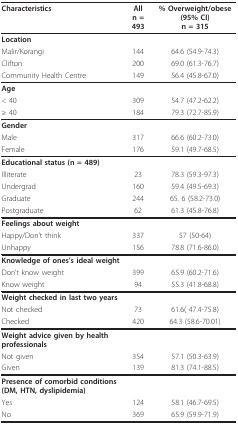
<table><thead><tr><td><b>Characteristics</b></td><td><b>Alln = 493</b></td><td><b>% Overweight/obese (95% CI)n = 315</b></td></tr></thead><tbody><tr><td><b>Location</b></td><td></td><td></td></tr><tr><td>Malir/Korangi</td><td>144</td><td>64.6 (54.9-74.3)</td></tr><tr><td>Clifton</td><td>200</td><td>69.0 (61.3-76.7)</td></tr><tr><td>Community Health Centre</td><td>149</td><td>56.4 (45.8-67.0)</td></tr><tr><td><b>Age</b></td><td></td><td></td></tr><tr><td>&lt; 40</td><td>309</td><td>54.7 (47.2-62.2)</td></tr><tr><td>≥ 40</td><td>184</td><td>79.3 (72.7-85.9)</td></tr><tr><td><b>Gender</b></td><td></td><td></td></tr><tr><td>Male</td><td>317</td><td>66.6 (60.2-73.0)</td></tr><tr><td>Female</td><td>176</td><td>59.1 (49.7-68.5)</td></tr><tr><td><b>Educational status (n = 489)</b></td><td></td><td></td></tr><tr><td>Illiterate</td><td>23</td><td>78.3 (59.3-97.3)</td></tr><tr><td>Undergrad</td><td>160</td><td>59.4 (49.5-69.3)</td></tr><tr><td>Graduate</td><td>244</td><td>65. 6 (58.2-73.0)</td></tr><tr><td>Postgraduate</td><td>62</td><td>61.3 (45.8-76.8)</td></tr><tr><td><b>Feelings about weight</b></td><td></td><td></td></tr><tr><td>Happy/Don&#x27;t think</td><td>337</td><td>57 (50-64)</td></tr><tr><td>Unhappy</td><td>156</td><td>78.8 (71.6-86.0)</td></tr><tr><td><b>Knowledge of ones&#x27;s ideal weight</b></td><td></td><td></td></tr><tr><td>Don&#x27;t know weight</td><td>399</td><td>65.9 (60.2-71.6)</td></tr><tr><td>Know weight</td><td>94</td><td>55.3 (41.8-68.8)</td></tr><tr><td><b>Weight checked in last two years</b></td><td></td><td></td></tr><tr><td>Not checked</td><td>73</td><td>61.6( 47.4-75.8)</td></tr><tr><td>Checked</td><td>420</td><td>64.3 (58.6-70.01)</td></tr><tr><td><b>Weight advice given by health professionals</b></td><td></td><td></td></tr><tr><td>Not given</td><td>354</td><td>57.1 (50.3-63.9)</td></tr><tr><td>Given</td><td>139</td><td>81.3 (74.1-88.5)</td></tr><tr><td><b>Presence of comorbid conditions</b><b>(DM, HTN, dyslipidemia)</b></td><td></td><td></td></tr><tr><td>Yes</td><td>124</td><td>58.1 (46.7-69.5)</td></tr><tr><td>No</td><td>369</td><td>65.9 (59.9-71.9)</td></tr></tbody></table>